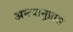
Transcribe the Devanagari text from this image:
अन्त्यानुप्रास